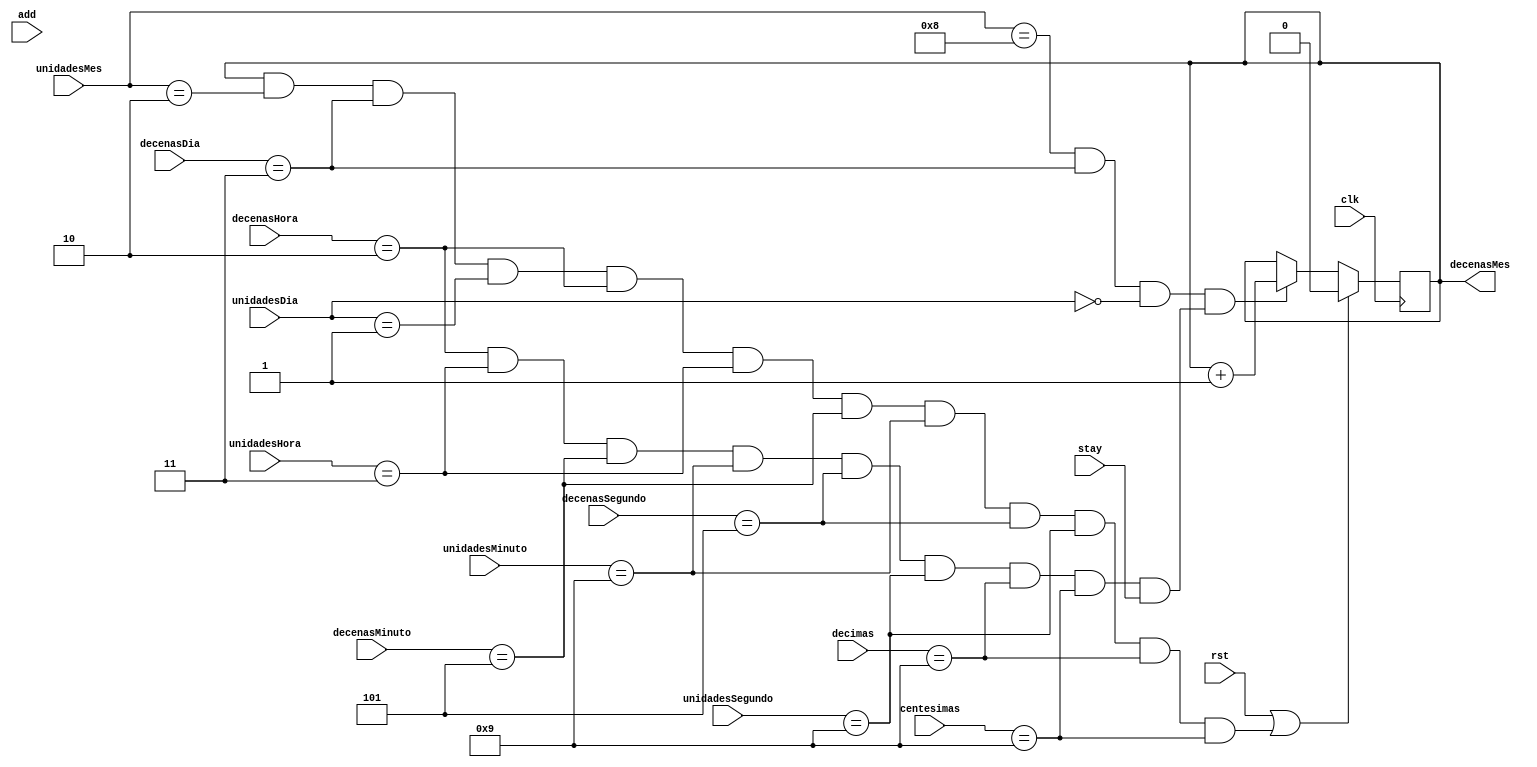
`timescale 1ns / 1ps
//////////////////////////////////////////////////////////////////////////////////
// Company: 
// Engineer: 
// 
// Design Name: 
// Module Name:    DecenasMes 
// Project Name: 
// Target Devices: 
// Tool versions: 
// Description: 
//
// Dependencies: 
//
// Revision: 
// Revision 0.01 - File Created
// Additional Comments: 
//
//////////////////////////////////////////////////////////////////////////////////
module DecenasMes(
	input clk,
	input stay,
	input add,
	input rst,
	input [3:0] decimas,
	input [3:0] centesimas,
	input [3:0] unidadesSegundo,
	input [2:0] decenasSegundo,
	input [3:0] unidadesMinuto,
	input [3:0] decenasMinuto,
	input [3:0] unidadesHora,
	input [1:0] decenasHora,
	input [3:0] unidadesDia,
	input [1:0] decenasDia,
	input [3:0] unidadesMes,
	output reg decenasMes
    );
	 

	 
	 always @ (posedge clk)
		begin					////////////////////////MESES SON DE 0-11//////////////////////////////
			if (rst == 1 || (decenasMes == 1 && unidadesMes == 2 && decenasDia == 3 && unidadesDia == 1 &&//ultimo dia del ao Diciembre 31 (30)
															decenasHora == 2 && unidadesHora == 3 && decenasMinuto == 5 && unidadesMinuto == 9 && decenasSegundo == 5 && unidadesSegundo == 9 && decimas == 9 && centesimas == 9))
				begin 
					decenasMes <=0;
				end

			//agregar decenasMes
			else if ((unidadesMes == 8 && decenasDia == 3 && unidadesDia == 0) //septiembre 30 (29)
											&&(decenasHora == 2 && unidadesHora == 3 && decenasMinuto == 5 && unidadesMinuto == 9 && decenasSegundo == 5 && unidadesSegundo == 9 && decimas == 9 && centesimas == 9 && stay == 1))
				begin
					decenasMes <= decenasMes + 1;
				end
			
			
		end
		


endmodule